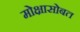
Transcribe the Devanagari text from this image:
मोक्षासोबत